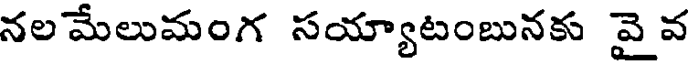
నలమేలుమంగ సయ్యాటంబునకు వైవ